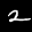
Label: 2